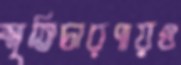
স্মৃতিচারণায়ও